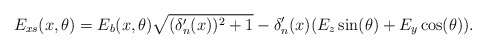
\begin{align*}E_{xs}(x,\theta)= E_b(x,\theta)\sqrt{(\delta'_n(x))^2+1}-\delta'_n(x)(E_z \sin(\theta)+E_y \cos(\theta)).\end{align*}